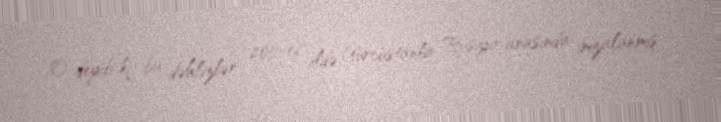
O deyib ki, bu dəhlizlər 2011-ci ildə Gürcüstanla Rusiya arasında imzalanmış